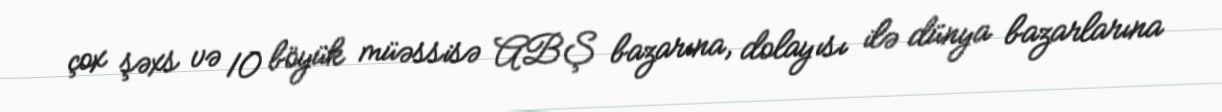
çox şəxs və 10 böyük müəssisə ABŞ bazarına, dolayısı ilə dünya bazarlarına